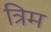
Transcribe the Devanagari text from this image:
त्रिम